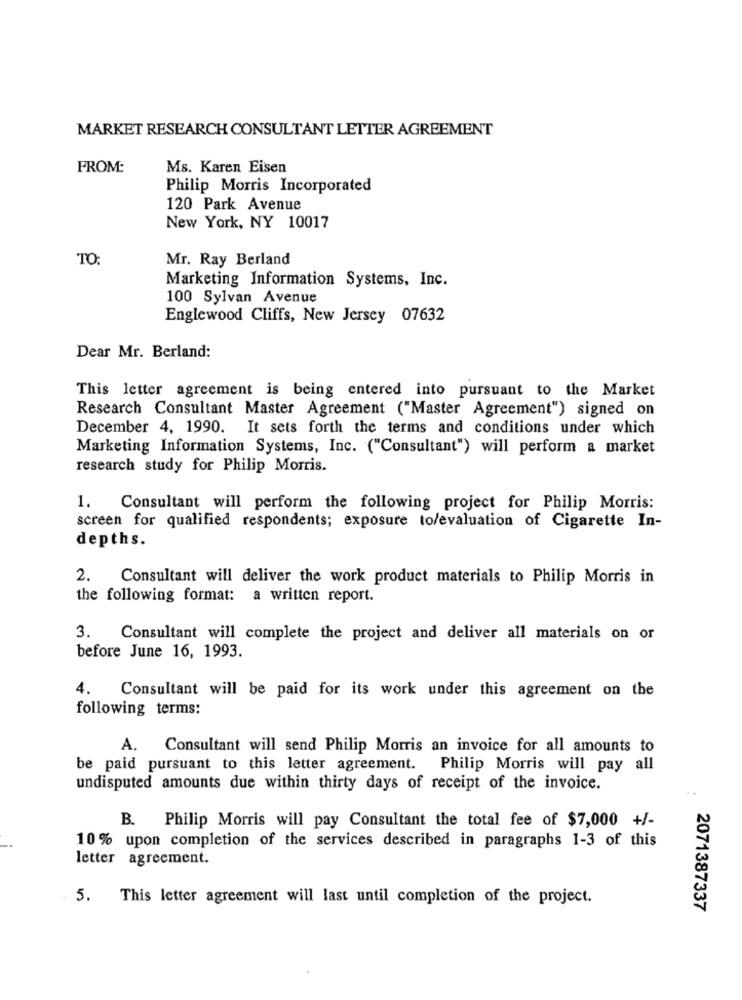
MARKET RESEARCH CONSULTANT LETTER AGREEMENT
FROM:
Ms. Karen Eisen
Philip Morris Incorporated
120 Park Avenue
New York, NY 10017
TO:
Mr. Ray Berland
Marketing Information Systems, Inc.
100 Sylvan Avenue
Englewood Cliffs, New Jersey 07632
Dear Mr. Berland:
This letter agreement is being entered into pursuant to the Market
Research Consultant Master Agreement ("Master Agreement") signed on
December 4, 1990. It sets forth the terms and conditions under which
Marketing Information Systems, Inc. ("Consultant") will perform a market
research study for Philip Morris.
1.
Consultant will perform the following project for Philip Morris:
screen for qualified respondents; exposure to/evaluation of Cigarette In-
depths.
2. Consultant will deliver the work product materials to Philip Morris in
the following format: a written report.
3. Consultant will complete the project and deliver all materials on or
before June 16, 1993.
Consultant will be paid for its work under this agreement on the
following terms:
A. Consultant will send Philip Morris an invoice for all amounts to
be paid pursuant to this letter agreement. Philip Morris will pay all
undisputed amounts due within thirty days of receipt of the invoice.
.- +
B. Philip Morris will pay Consultant the total fee of $7,000 +/-
10% upon completion of the services described in paragraphs 1-3 of this
letter agreement.
5.
This letter agreement will last until completion of the project.
2071387337